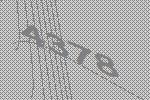
4378